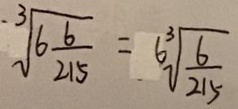
\sqrt [ 3 ] { 6 \frac { 6 } { 2 1 5 } } = 6 \sqrt [ 3 ] { \frac { 6 } { 2 1 5 } }